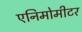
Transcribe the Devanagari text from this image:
एनिमोमीटर